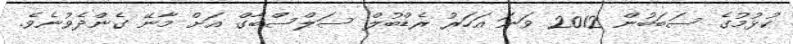
ކުޅުމުގެ ސަބަބުން 2012 ވަނަ އަހަރު ރެޑްބުލް ސަލްސްބާގް އަށް މާނޭ ގެންދެވުނެވެ.